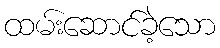
ထမ်းဆောင်ခဲ့သော